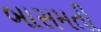
બાસમતી